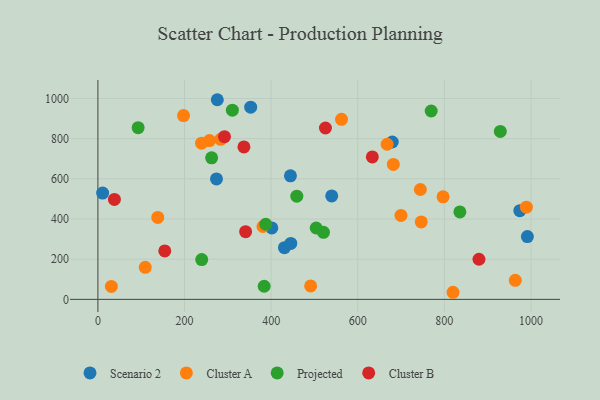
{"axis": {"x": "Distance", "y": "Sales"}, "legend": ["Cluster A", "Cluster B", "Projected", "Scenario 2"], "data": [{"x": "679.7", "y": 783.4, "type": "Scenario 2"}, {"x": "401.6", "y": 355.5, "type": "Scenario 2"}, {"x": "10.9", "y": 529.0, "type": "Scenario 2"}, {"x": "444.6", "y": 614.7, "type": "Scenario 2"}, {"x": "273.8", "y": 599.6, "type": "Scenario 2"}, {"x": "991.7", "y": 312.7, "type": "Scenario 2"}, {"x": "539.9", "y": 514.9, "type": "Scenario 2"}, {"x": "430.7", "y": 257.1, "type": "Scenario 2"}, {"x": "352.8", "y": 956.7, "type": "Scenario 2"}, {"x": "275.7", "y": 993.7, "type": "Scenario 2"}, {"x": "974.2", "y": 441.7, "type": "Scenario 2"}, {"x": "445.4", "y": 278.3, "type": "Scenario 2"}, {"x": "746.6", "y": 385.3, "type": "Cluster A"}, {"x": "138.2", "y": 407.7, "type": "Cluster A"}, {"x": "381.2", "y": 362.7, "type": "Cluster A"}, {"x": "797.0", "y": 510.4, "type": "Cluster A"}, {"x": "109.3", "y": 159.3, "type": "Cluster A"}, {"x": "667.8", "y": 772.1, "type": "Cluster A"}, {"x": "820.0", "y": 35.3, "type": "Cluster A"}, {"x": "283.5", "y": 796.4, "type": "Cluster A"}, {"x": "491.2", "y": 67.1, "type": "Cluster A"}, {"x": "257.6", "y": 790.6, "type": "Cluster A"}, {"x": "31.1", "y": 64.6, "type": "Cluster A"}, {"x": "989.4", "y": 458.9, "type": "Cluster A"}, {"x": "197.7", "y": 914.6, "type": "Cluster A"}, {"x": "744.6", "y": 546.8, "type": "Cluster A"}, {"x": "562.5", "y": 896.0, "type": "Cluster A"}, {"x": "699.8", "y": 418.0, "type": "Cluster A"}, {"x": "682.2", "y": 671.6, "type": "Cluster A"}, {"x": "239.3", "y": 777.2, "type": "Cluster A"}, {"x": "963.8", "y": 94.6, "type": "Cluster A"}, {"x": "310.5", "y": 941.7, "type": "Projected"}, {"x": "387.6", "y": 373.8, "type": "Projected"}, {"x": "520.9", "y": 333.6, "type": "Projected"}, {"x": "929.2", "y": 835.9, "type": "Projected"}, {"x": "835.8", "y": 435.2, "type": "Projected"}, {"x": "262.6", "y": 704.7, "type": "Projected"}, {"x": "239.7", "y": 198.2, "type": "Projected"}, {"x": "769.6", "y": 937.5, "type": "Projected"}, {"x": "92.9", "y": 854.7, "type": "Projected"}, {"x": "459.3", "y": 513.8, "type": "Projected"}, {"x": "504.1", "y": 355.2, "type": "Projected"}, {"x": "383.9", "y": 65.4, "type": "Projected"}, {"x": "154.4", "y": 241.0, "type": "Cluster B"}, {"x": "292.3", "y": 809.7, "type": "Cluster B"}, {"x": "525.4", "y": 853.0, "type": "Cluster B"}, {"x": "879.9", "y": 199.6, "type": "Cluster B"}, {"x": "38.1", "y": 497.3, "type": "Cluster B"}, {"x": "341.1", "y": 336.9, "type": "Cluster B"}, {"x": "633.7", "y": 709.2, "type": "Cluster B"}, {"x": "337.2", "y": 758.8, "type": "Cluster B"}]}